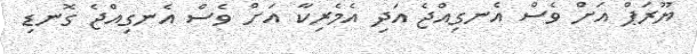
ޔޫރަޕް އަށް ވެސް އެނގިއްޖެ އަދި އެމެރިކާ އަށް ވެސް އެނގިއްޖެ ގޮނޑި